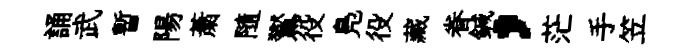
誦武暫陽䔥隨鸑役鳬役藏眷鍼，茫手笠